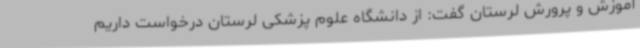
آموزش و پرورش لرستان گفت: از دانشگاه علوم پزشکی لرستان درخواست داریم